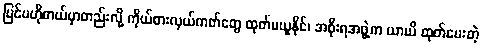
ပြင်ပဟိုတယ်မှာတည်းလို့ ကိုယ်စားလှယ်ကတ်တွေ ထုတ်မယူနိုင်၊ အစိုးရအဖွဲ့က ယာယီ ထုတ်ပေးတဲ့